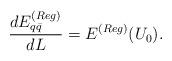
LaTeX: \begin{align*}\frac{d E_{q\bar{q}}^{(Reg)}}{d L} = E^{(Reg)}(U_0).\end{align*}